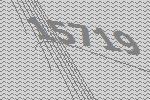
15719